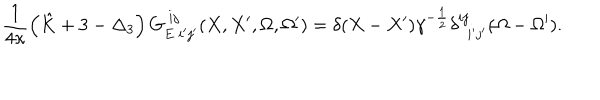
\frac { 1 } { 4 \kappa } \left( \hat { K } + 3 - \Delta _ { 3 } \right) G _ { E \ i ^ { \prime } j ^ { \prime } } ^ { \ i j } ( X , X ^ { \prime } , \Omega , \Omega ^ { \prime } ) = \delta ( X - X ^ { \prime } ) \gamma ^ { - { \frac { 1 } { 2 } } } \delta _ { \ \ i ^ { \prime } j ^ { \prime } } ^ { i j } ( \Omega - \Omega ^ { \prime } ) .